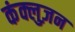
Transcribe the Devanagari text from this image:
कंक्लुज़न